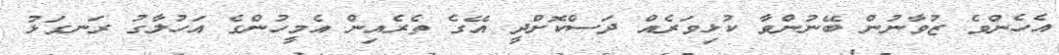
އެހެންވެ ޒުވާނުން ބޭނުންވާ ކުޅިވަރެއް ދަސްކޮށްދީ އޭގެ ތެރެއިން އެމީހުންގެ އަހުލާގު ރަނގަޅު